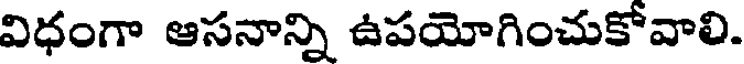
విధంగా ఆసనాన్ని ఉపయోగించుకోవాలి.